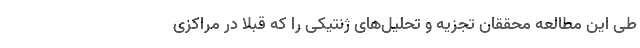
طی این مطالعه محققان تجزیه و تحلیل‌های ژنتیکی را که قبلا در مراکزی